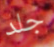
جلد